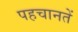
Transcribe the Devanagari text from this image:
पहचानतें